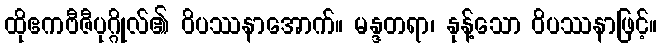
ထိုဧကဗီဇီပုဂ္ဂိုလ်၏ ဝိပဿနာအောက်။ မန္ဒတရာ၊ နုန့်သော ဝိပဿနာဖြင့်။